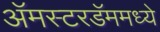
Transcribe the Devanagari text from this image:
अॅमस्टरडॅममध्ये